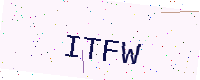
Text: ITFW